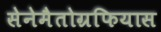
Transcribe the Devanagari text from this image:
सेनेमैतोग्रफियास